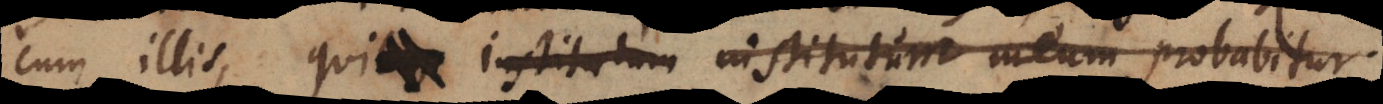
cum illis, qui institut_ institut_ _ probabitur.